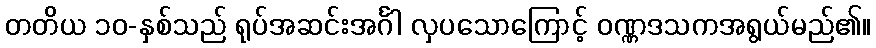
တတိယ ၁၀-နှစ်သည် ရုပ်အဆင်းအင်္ဂါ လှပသောကြောင့် ဝဏ္ဏဒသကအရွယ်မည်၏။